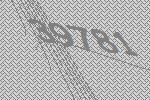
39781